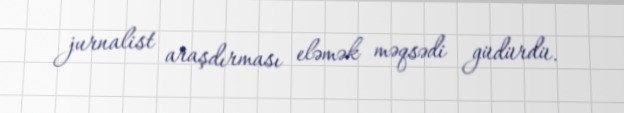
jurnalist araşdırması eləmək məqsədi güdürdü.